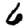
Digit: 6